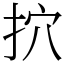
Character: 㧒